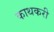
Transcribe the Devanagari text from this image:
काथकरी